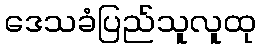
ဒေသခံပြည်သူလူထု